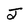
Character: J